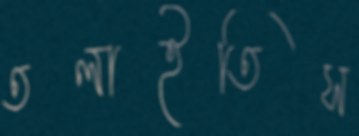
তলাইতিস